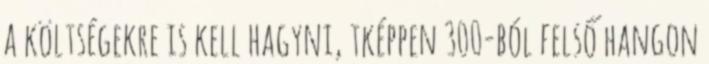
a költségekre is kell hagyni, tképpen 300-ból felső hangon